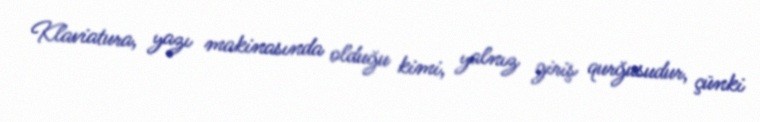
Klaviatura, yazı makinasında olduğu kimi, yalnız giriş qurğusudur, çünki